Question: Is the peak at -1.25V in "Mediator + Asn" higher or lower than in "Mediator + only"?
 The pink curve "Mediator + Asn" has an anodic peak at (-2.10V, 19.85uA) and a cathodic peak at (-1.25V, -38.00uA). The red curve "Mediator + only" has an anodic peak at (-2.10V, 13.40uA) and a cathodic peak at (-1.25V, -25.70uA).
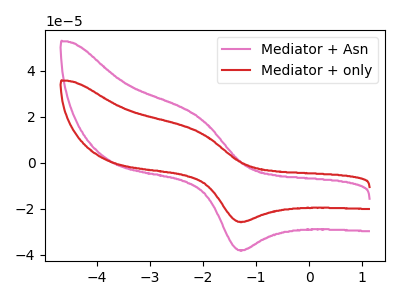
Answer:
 <answer>The peak at -1.25V is higher in "Mediator + Asn" than in "Mediator + only".</answer>
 <eval>higher</eval>